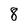
Character: 8